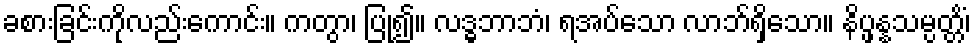
ခစားခြင်းကိုလည်းကောင်း။ ကတွာ၊ ပြု၍။ လဒ္ဓဘာဘံ၊ ရအပ်သော လာဘ်ရှိသော။ နိပ္ဖန္နသမ္ပတ္တိံ၊